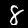
Digit: 8